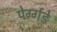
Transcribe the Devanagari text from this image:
पेर्ग्गडे